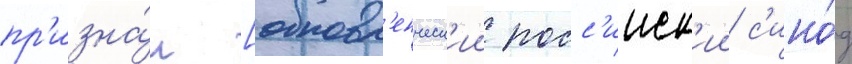
пр'изна́л [обновл'енческ'ии росс'ииск'ии с'ино́д